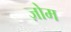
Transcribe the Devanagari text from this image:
ज़ोम